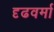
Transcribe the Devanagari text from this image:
दृढवर्मा